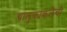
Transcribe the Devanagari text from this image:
चालुक्यकलेची